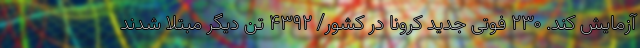
آزمایش کند. ۲۳۰ فوتی جدید کرونا در کشور/ ۴۳۹۲ تن دیگر مبتلا شدند